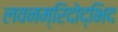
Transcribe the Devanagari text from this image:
लवनम्रिदोद्भिद